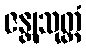
ဇန္တုသုတ္တံ